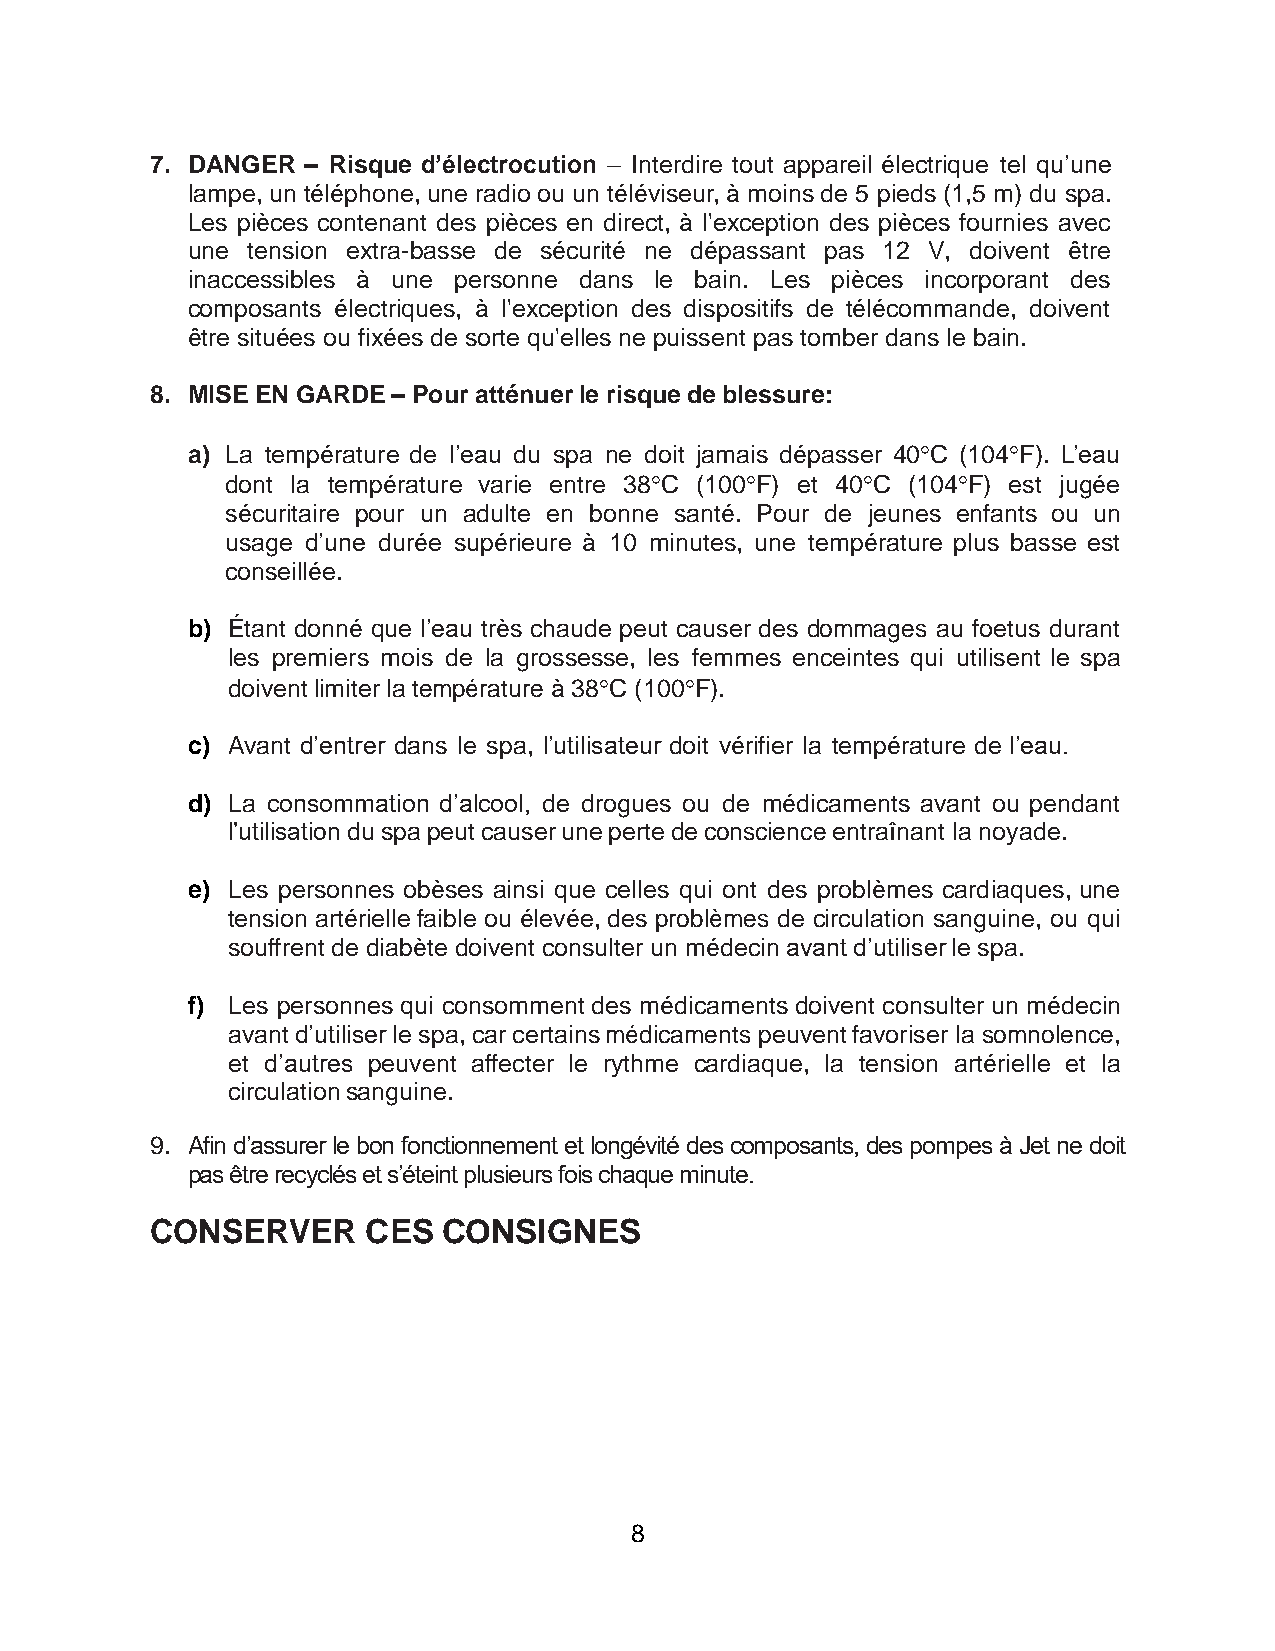
7. DANGER – Risque d’électrocution – Interdire tout appareil électrique tel qu’une
 lampe, un téléphone, une radio ou un téléviseur, à moins de 5 pieds (1,5 m) du spa.
 Les pièces contenant des pièces en direct, à l'exception des pièces fournies avec
 une tension extra-basse de sécurité ne dépassant pas 12 V, doivent être
 inaccessibles à une personne dans le bain. Les pièces incorporant des
 composants électriques, à l'exception des dispositifs de télécommande, doivent
 être situées ou fixées de sorte qu'elles ne puissent pas tomber dans le bain.
 8. MISE EN GARDE – Pour atténuer le risque de blessure:
 a) La température de l’eau du spa ne doit jamais dépasser 40C (104F). L’eau
 dont la température varie entre 38C (100F) et 40C (104F) est jugée
 sécuritaire pour un adulte en bonne santé. Pour de jeunes enfants ou un
 usage d’une durée supérieure à 10 minutes, une température plus basse est
 conseillée.
 b) Étant donné que l’eau très chaude peut causer des dommages au foetus durant
 les premiers mois de la grossesse, les femmes enceintes qui utilisent le spa
 doivent limiter la température à 38C (100F).
 c) Avant d’entrer dans le spa, l’utilisateur doit vérifier la température de l’eau.
 d) La consommation d’alcool, de drogues ou de médicaments avant ou pendant
 l’utilisation du spa peut causer une perte de conscience entraînant la noyade.
 e) Les personnes obèses ainsi que celles qui ont des problèmes cardiaques, une
 tension artérielle faible ou élevée, des problèmes de circulation sanguine, ou qui
 souffrent de diabète doivent consulter un médecin avant d’utiliser le spa.
 f) Les personnes qui consomment des médicaments doivent consulter un médecin
 avant d’utiliser le spa, car certains médicaments peuvent favoriser la somnolence,
 et d’autres peuvent affecter le rythme cardiaque, la tension artérielle et la
 circulation sanguine.
 9. Afin d’assurer le bon fonctionnement et longévité des composants, des pompes à Jet ne doit
 pas être recyclés et s’éteint plusieurs fois chaque minute.
 CONSERVER     CES  CONSIGNES
 8